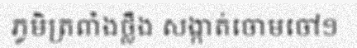
ភូមិត្រពាំងថ្លឹង សង្កាត់ចោមចៅ១